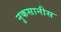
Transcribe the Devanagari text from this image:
नुकसानीस